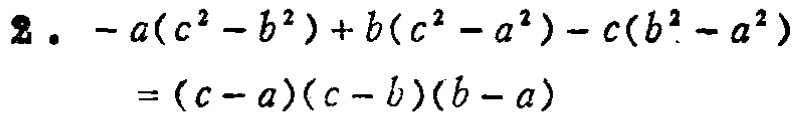
2. \(-a(c^{2}-b^{2}) + b(c^{2}-a^{2})-c(b^{2}-a^{2})=(c - a)(c - b)(b - a)\)